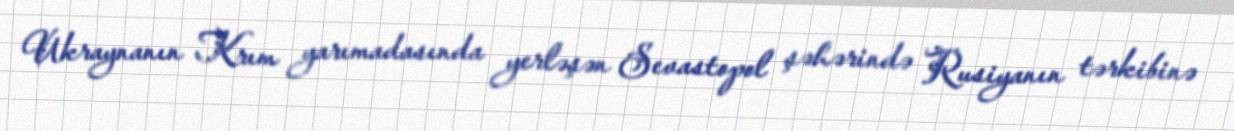
Ukraynanın Krım yarımadasında yerləşən Sevastopol şəhərində Rusiyanın tərkibinə